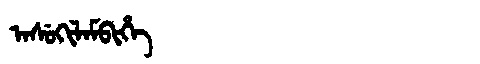
Manchu: ᠠᠰᡠᡴᡳᠯᠠᠮᠪᡳᡥᡝ
Romanization: ASUKILAMBIHE